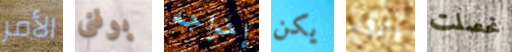
الأمر بوقتي إخراجه يكن اللقاء تحصلت